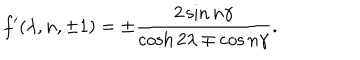
LaTeX: f ^ { \prime } ( \lambda , n , \pm 1 ) = \pm \frac { 2 \sin n \gamma } { \cosh 2 \lambda \mp \cos n \gamma } .